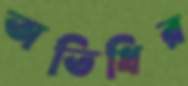
অতিধির